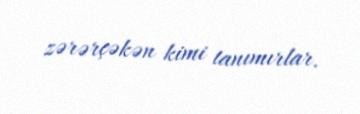
zərərçəkən kimi tanımırlar.